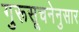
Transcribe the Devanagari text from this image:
गुरूसूचनेनुसार